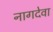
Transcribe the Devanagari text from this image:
नागदेवा